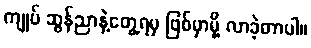
ကျုပ် ဆွန်ညာနဲ့တွေ့ရမှ ဖြစ်မှာမို့ လာခဲ့တာပါ။